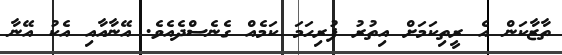
ތާޒާކަން އެ ރީތިކަމަށް އިތުރު ފުރިހަމަ ކަމެއް ގެނެސްދެއެވެ. އޭނާއާއި އެކު އޭނާ